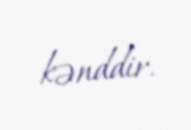
kənddir.